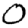
Digit: 0